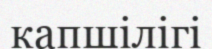
капшілігі